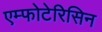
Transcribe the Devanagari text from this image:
एम्फोटेरिसिन